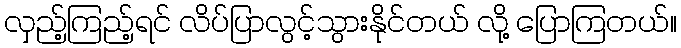
လှည့်ကြည့်ရင် လိပ်ပြာလွင့်သွားနိုင်တယ် လို့ ပြောကြတယ်။